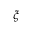
\xi